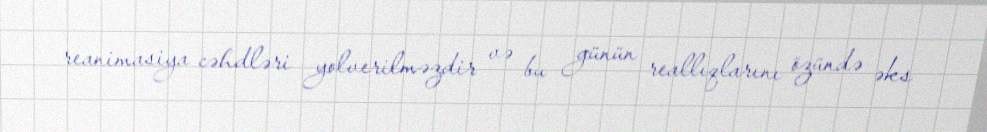
reanimasiya cəhdləri yolverilməzdir və bu günün reallıqlarını özündə əks